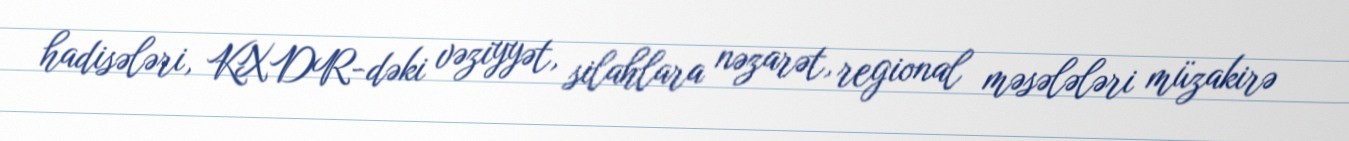
hadisələri, KXDR-dəki vəziyyət, silahlara nəzarət, regional məsələləri müzakirə